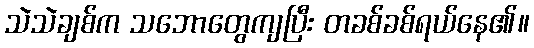
သဲသဲချစ်က သဘောတွေကျပြီး တခစ်ခစ်ရယ်နေ၏။